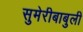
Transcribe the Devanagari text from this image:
सुमेरीबाबुली